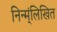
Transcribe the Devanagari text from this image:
निन्म्ंलिखित